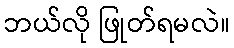
ဘယ်လို ဖြုတ်ရမလဲ။